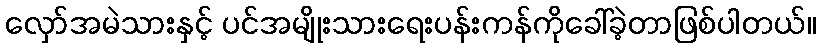
လှော်အမဲသားနှင့် ပင်အမျိုးသားရေးပန်းကန်ကိုခေါ်ခဲ့တာဖြစ်ပါတယ်။